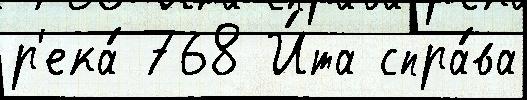
р'ека́ 768 И́та спра́ва